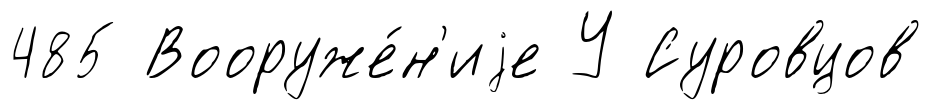
485 Вооруже́н'иjе У Суровцов